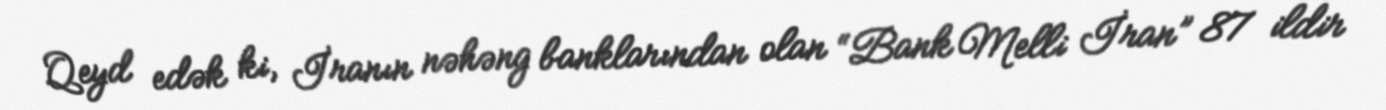
Qeyd edək ki, İranın nəhəng banklarından olan “Bank Melli İran” 87 ildir